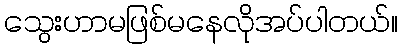
သွေးဟာမဖြစ်မနေလိုအပ်ပါတယ်။